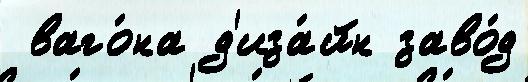
 ваго́на д'иза́йн заво́д